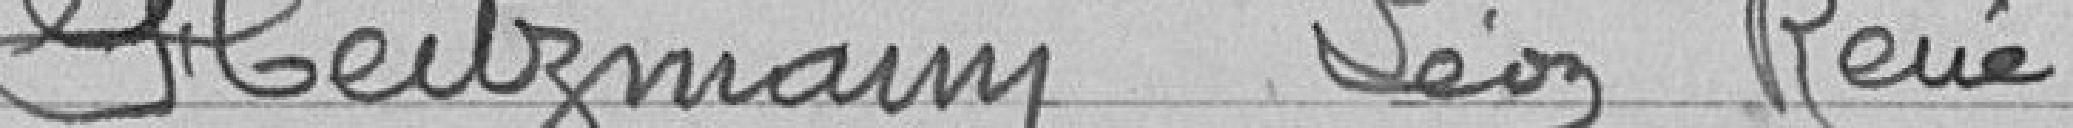
Heitzmann Léon René